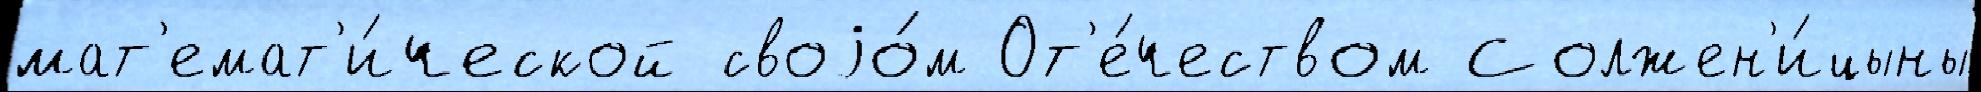
мат'емат'и́ческой своjо́м От'е́чеством Солжен'и́цыны